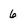
Character: 6